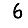
Digit: 6